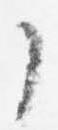
了